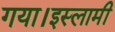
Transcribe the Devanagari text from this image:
गया।इस्लामी